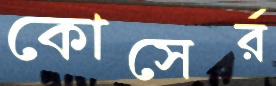
কোসের্র